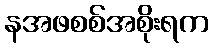
နအဖစစ်အစိုးရက